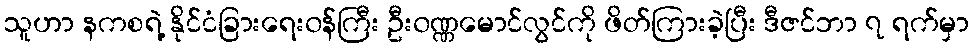
သူဟာ နကစရဲ့ နိုင်ငံခြားရေး၀န်ကြီး ဦး၀ဏ္ဏမောင်လွင်ကို ဖိတ်ကြားခဲ့ပြီး ဒီဇင်ဘာ ၇ ရက်မှာ